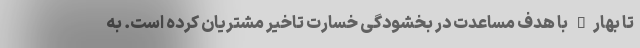
تا بهار" با هدف مساعدت در بخشودگی خسارت تاخیر مشتریان کرده است. به